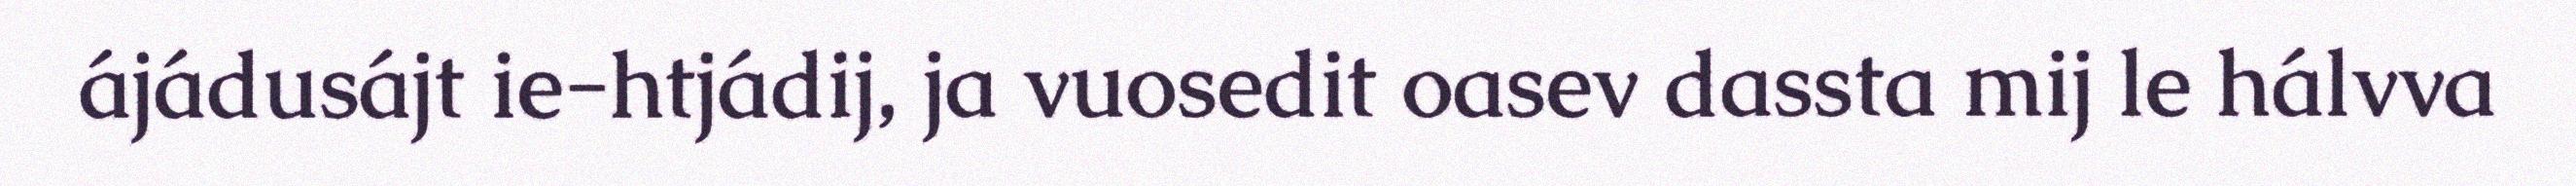
ájádusájt ie-htjádij, ja vuosedit oasev dassta mij le hálvva